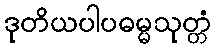
ဒုတိယပါပဓမ္မသုတ္တံ